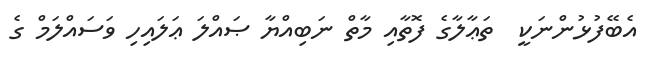
އެބޭފުޅުންނަކީ  ތަޢާލާގެ ފޮތާއި މާތް ނަބިއްޔާ ޞައްލަ ޢަލައިހި ވަސައްލަމް ގެ